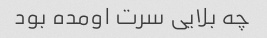
چه بلایی سرت اومده بود